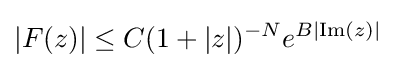
|F(z)|\leq C(1+|z|)^{-N}e^{B|{\text{Im}}(z)|}